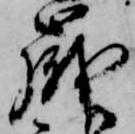
歳